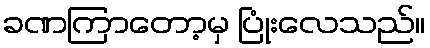
ခဏကြာတော့မှ ပြုံးလေသည်။